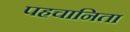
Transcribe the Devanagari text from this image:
पहचानिता